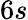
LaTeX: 6s